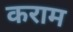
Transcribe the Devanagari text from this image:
कराम